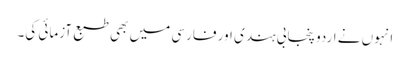
انہوں نے اردو پنجابی ہندی اور فارسی میں بھی طبع آزمائی کی۔